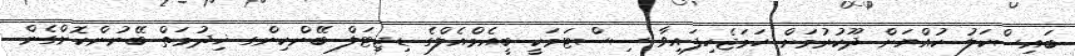
ބައިސްކަލު ކުއްޔަށް ދޫކުރުމަށް ހަމަޖެހިފައިވާ ސިސްޓަމަކީ ބީއެމްއެލްގެ ޑިޖިޓަލް ބޭންކިންގ ޚިދުމަތް ބޭނުންކޮށްގެން